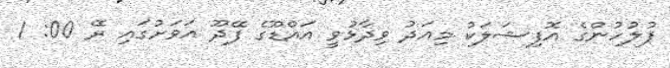
ފުލުހުންގެ އޮފިޝަލަކު މިއަދު ވިދާޅުވީ އައްޑޫގެ ފޭދޫ އަވަށުގައި ރޭ 00: 1